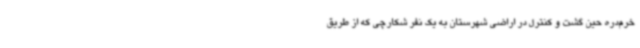
خرم‌دره حین گشت و کنترل در اراضی شهرستان به یک نفر شکارچی که از طریق